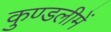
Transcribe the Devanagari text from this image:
कुण्डलीमें